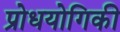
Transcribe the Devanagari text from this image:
प्रोधयोगिकी